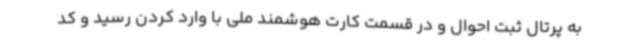
به پرتال ثبت احوال و در قسمت کارت هوشمند ملی با وارد کردن رسید و کد